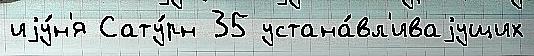
иjу́н'я Сату́рн 35 устана́вл'иваjущих